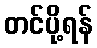
တင်ပို့ရန်